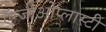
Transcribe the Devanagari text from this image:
ऍन्जीओेप्लास्टी